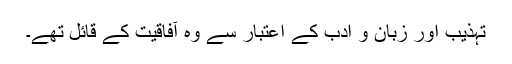
تہذیب اور زبان و ادب کے اعتبار سے وہ آفاقیت کے قائل تھے۔